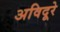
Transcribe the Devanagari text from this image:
अविदूरे